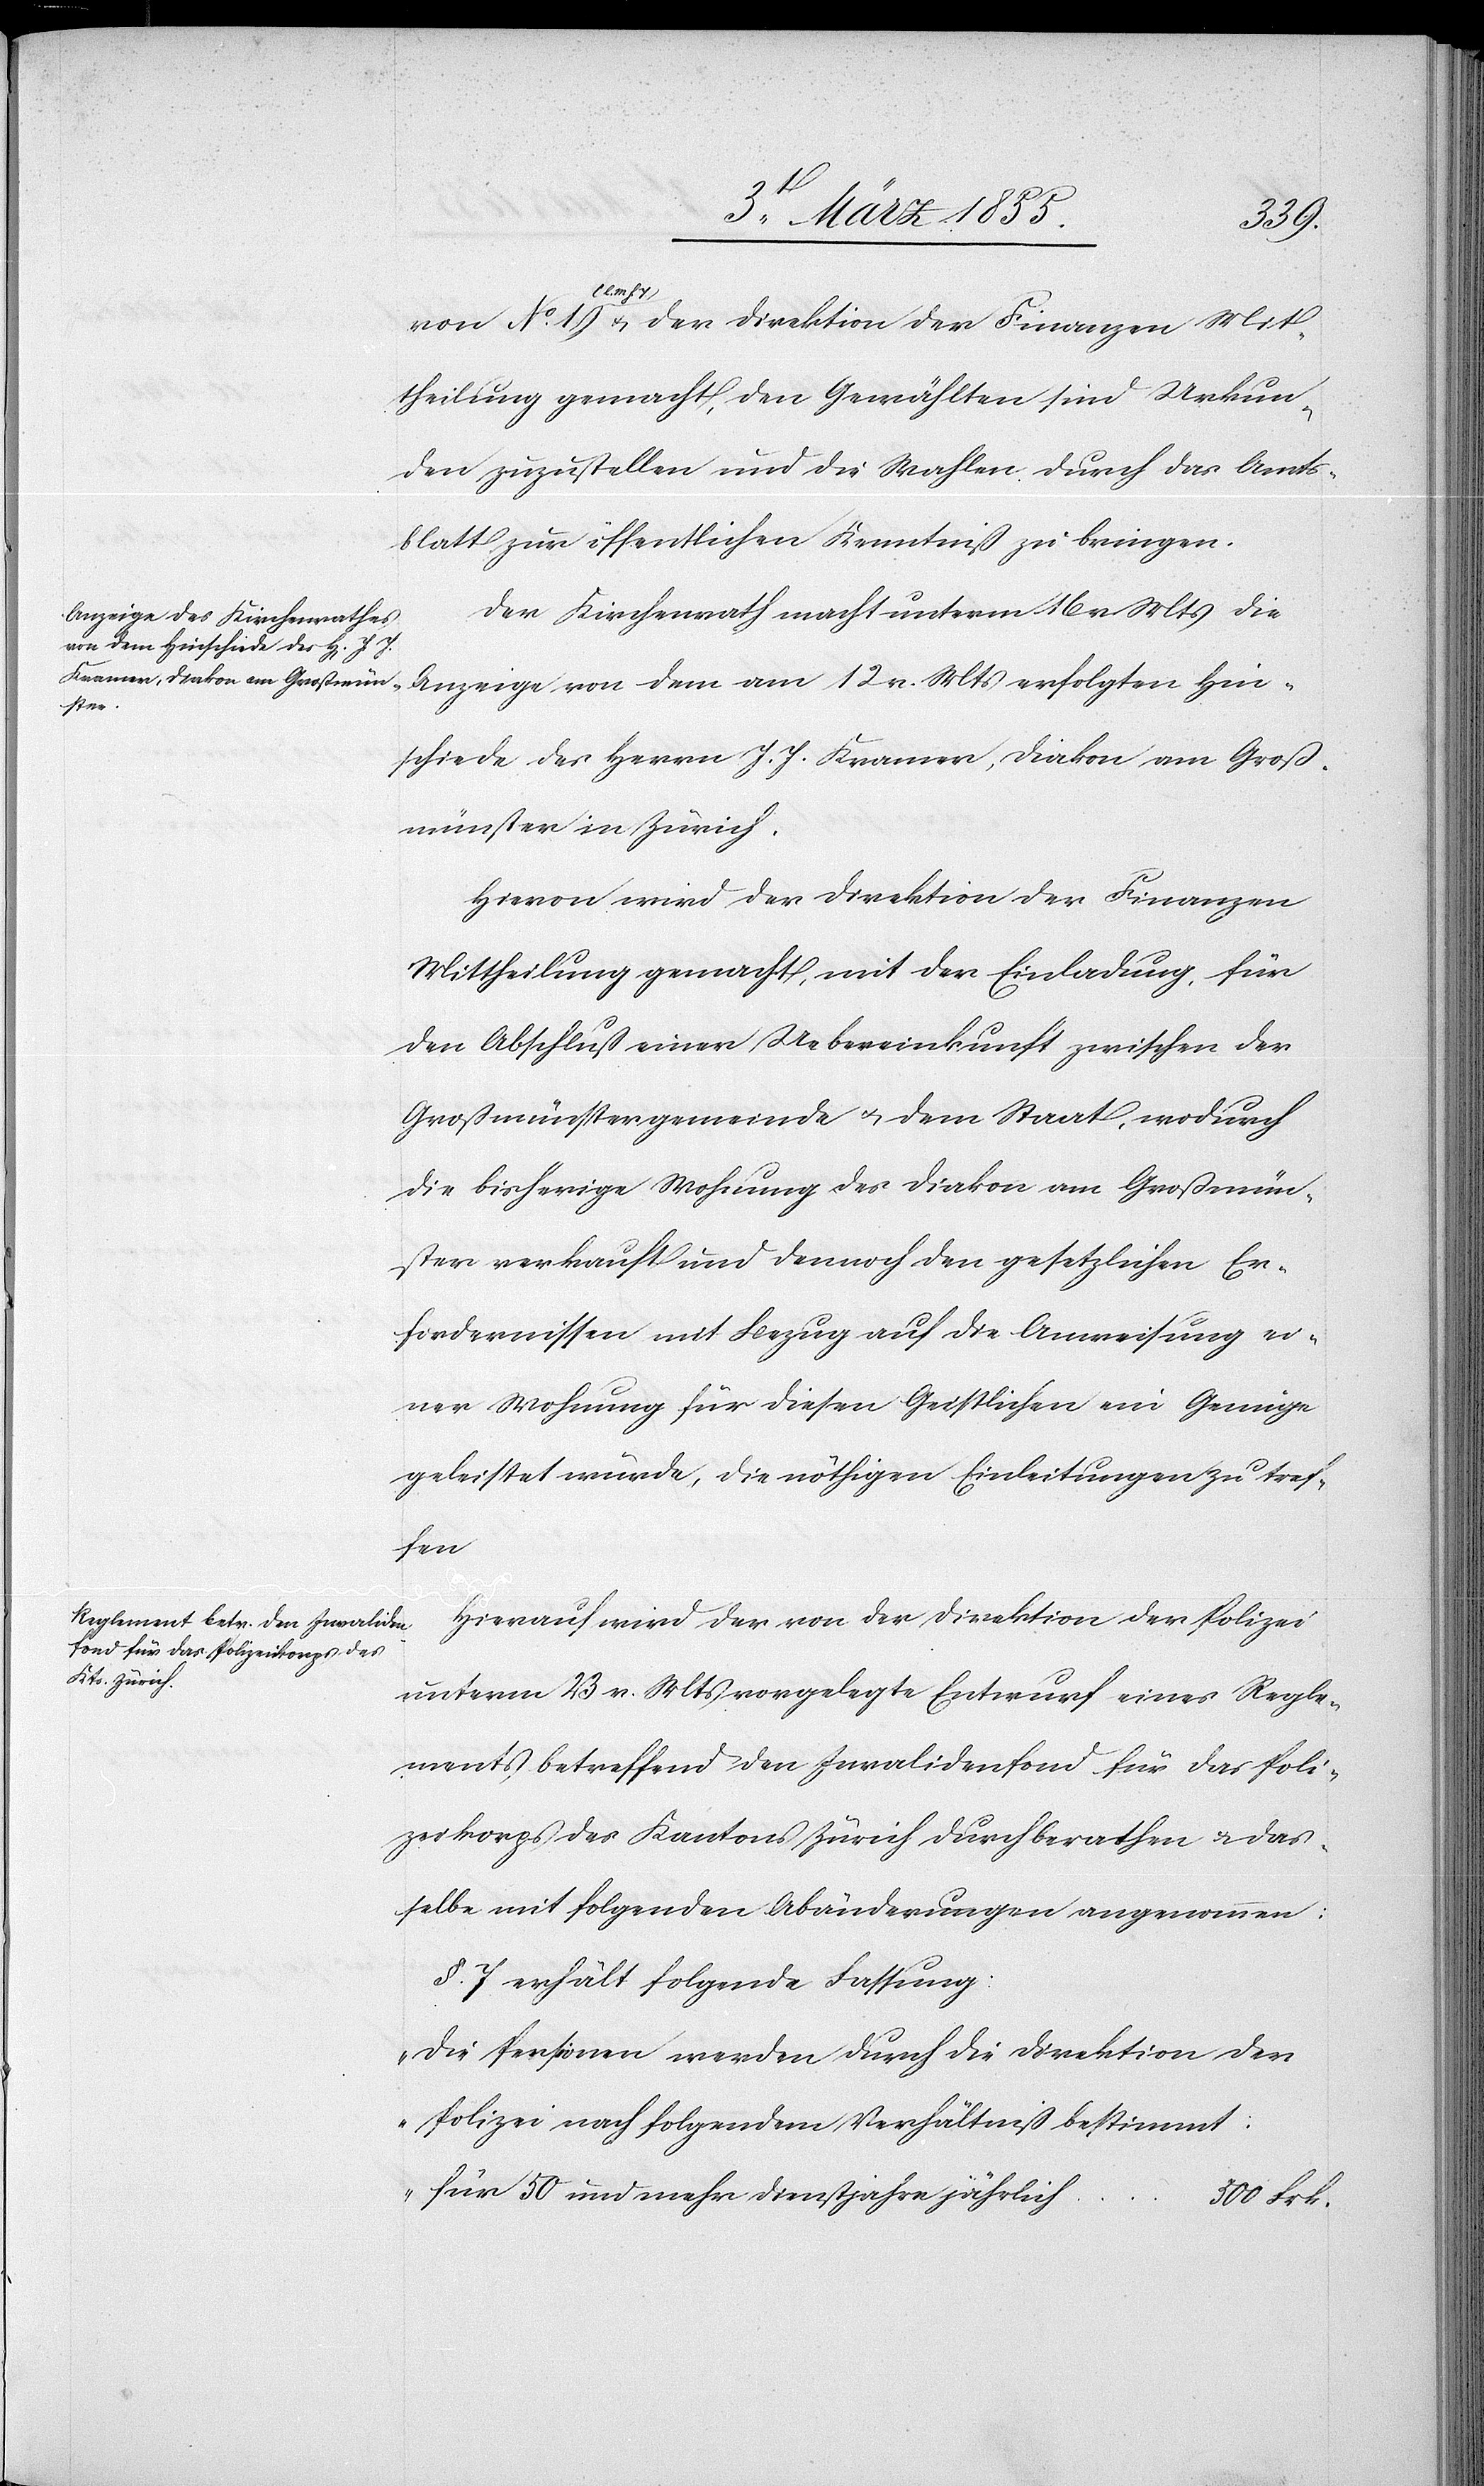
Mit¬
theilung gemacht, den Gewählten sind Urkun¬
den zuzustellen und die Wahlen durch das Amts¬
blatt zur öffentlichen Kenntniß zu bringen.
Der Kirchenrath macht unterm 16 v. Mts die
Anzeige von dem am 12 v. Mts erfolgten Hin¬
schiede des Herrn J. J. Kramer, Diakon am Groß¬
münster in Zürich.
Hievon wird der Direktion der Finanzen
Mittheilung gemacht, mit der Einladung, für
den Abschluß einer Uebereinkunft zwischen der
Großmünstergemeinde & dem Staat, wodurch
die bisherige Wohnung des Diakon am Großmün¬
ster verkauft und dennoch den gesetzlichen Er¬
fordernissen mit Bezug auf die Anweisung ei¬
ner Wohnung für diesen Geistlichen ein Genüge
geleistet würde, die nöthigen Einleitungen zu tref¬
fen[.]
Hierauf wird der von der Direktion der Polizei
unterm 23 v. Mts vorgelegte Entwurf eines Regle¬
ments betreffend den Invalidenfond für das Poli¬
zeikorps des Kantons Zürich durchberathen & das¬
selbe mit folgenden Abänderungen angenommen:
§. 7 erhält folgende Fassung:
„Die Pensionen werden durch die Direktion der
Polizei nach folgendem Verhältniß bestimmt:
für 50 und mehr Dienstjahre jährlich
500 Frk.